system: You are a helpful assistant.
user:
Analyze the provided spectrum to determine if it is a **White Dwarf (WD)**.

A White Dwarf spectrum is defined by its **extreme purity** (due to gravitational settling) and/or **extreme pressure broadening** (due to high surface gravity). You must check for one of the following mutually exclusive signatures:

- **Key Visual Indicators (Check for ONE of these types):**

    - **1. DA-Type Signature (Most Common):**
        - **(Primary Feature):** Extreme pressure broadening (Stark broadening) of the **Hydrogen (H) Balmer lines**.
        - **(Key Lines):** $H\beta$ (approx. $4861$ Å) and $H\gamma$ (approx. $4340$ Å). $H\alpha$ (approx. $6563$ Å) will also be present if the wavelength range covers it.
        - **(Line Profile):** This is the **defining feature**. The lines are **NOT** sharp. They appear as massive, **extremely broad and deep "troughs" or "dips"** in the spectrum, often hundreds of Ångströms wide. The continuum will appear to "scoop" down at these wavelengths.
        - **(Distinction):** Normal A-type or B-type stars have *narrow* and *sharp* Hydrogen lines. A DA White Dwarf's lines are unmistakably "smeared" or "blurry" from pressure.

    - **2. DB-Type Signature:**
        - **(Primary Feature):** Broad absorption lines from **Neutral Helium (He I)**. The spectrum must lack any visible Hydrogen lines.
        - **(Key Lines):** Look for broad absorption near $4471$ Å, $4921$ Å, and $5876$ Å.
        - **(Line Profile):** These lines are also significantly pressure-broadened, appearing much wider than they would in a normal B-type main-sequence star.

    - **3. DC-Type Signature:**
        - **(Primary Feature):** A **featureless continuous spectrum**.
        - **(Line Profile):** The spectrum is a smooth curve with **no significant absorption or emission lines**.
        - **(Key Confirmation):** The continuum is almost always **blue or white**, indicating a hot object. This signature implies the atmosphere is so pure (or so cool) that no spectral lines are visible in the optical range. Its WD identity is confirmed by its extremely low intrinsic brightness (high absolute magnitude).

    - **4. DZ-Type Signature (Metal-Polluted):**
        - **(Primary Feature):** **Isolated, narrow metal absorption lines** on an otherwise featureless (DC-like) continuum.
        - **(Key Lines):** The **Calcium (Ca II) H & K doublet** (approx. **$3934$ Å** and **$3968$ Å**) is the most common and defining feature.
        - **(Line Profile):** These lines are "out of place." They are *not* part of a "forest" of thousands of lines. This signature is evidence of recent *accretion* (pollution) from rocky debris.
        - **(Distinction):** Normal G/K/M stars have a *dense forest* of thousands of metal lines. A DZ has a *clean* continuum with *only a few* strong metal lines.

    - **5. DQ-Type Signature (Carbon-Polluted):**
        - **(Primary Feature):** Absorption bands from **Carbon (C₂ "Swan Bands" or atomic C I)**.
        - **(Key Lines - C₂):** Look for bandheads with a "saw-tooth" shape near $5635$ Å, **$5165$ Å** (strongest), and $4737$ Å.
        - **(Key Confirmation):** The underlying **continuum must be blue or white** (hot).
        - **(Distinction):** This is the critical difference from a **Carbon Star**, which has the *exact same* C₂ bands but on an extremely **red, cool** continuum.

- **(Overall Spectrum):**
    - The continuum (overall shape) is typically **blue-sloping** (brighter in the blue than the red), as most white dwarfs are very hot.
    - The spectrum will look "pure" or "simple," dominated by only *one* of the five signatures listed above.

Think first, call **spectral_visualization_tool** if needed to examine features in detail, then provide your final answer. Your response must adhere to the following strict rules:
1.  **Overall Structure:** Your response must follow the format `<think>...</think> <tool_call>...</tool_call> (if a tool is used) <answer>...</answer>`.
2.  **Tool Usage Constraint:** You may only make **one** tool call per turn.
3.  **Final Answer Format:** In the `<answer>` tag, your conclusion must be inside a `\boxed{}` command (e.g., `\boxed{YES}` or `\boxed{NO}`), followed by your justification.

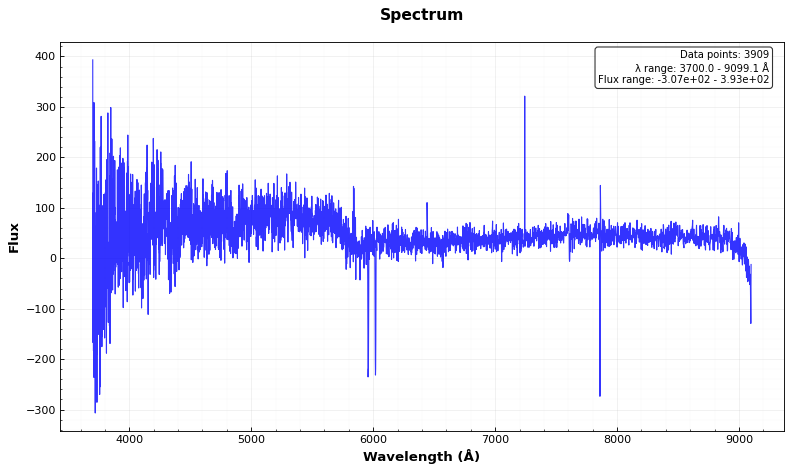
Answer: YES